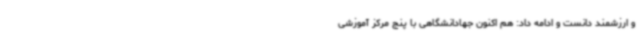
و ارزشمند دانست و ادامه داد: هم اکنون جهادانشگاهی با پنج مرکز آموزشی